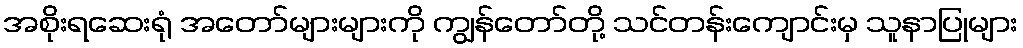
အစိုးရဆေးရုံ အတော်များများကို ကျွန်တော်တို့ သင်တန်းကျောင်းမှ သူနာပြုများ